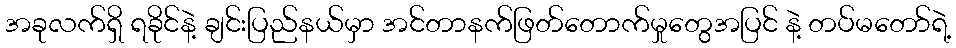
အခုလက်ရှိ ရခိုင်နဲ့ ချင်းပြည်နယ်မှာ အင်တာနက်ဖြတ်တောက်မှုတွေအပြင် နဲ့ တပ်မတော်ရဲ့